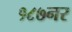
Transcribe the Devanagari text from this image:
१८७नर